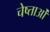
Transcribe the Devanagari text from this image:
चेष्ताओं